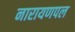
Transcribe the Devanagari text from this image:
नारायणपल